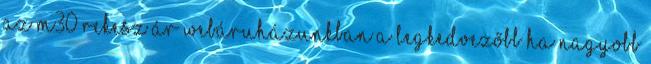
az M30 rekesz ár webáruházunkban a legkedvezőbb Ha nagyobb